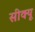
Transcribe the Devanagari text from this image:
सीक्यू